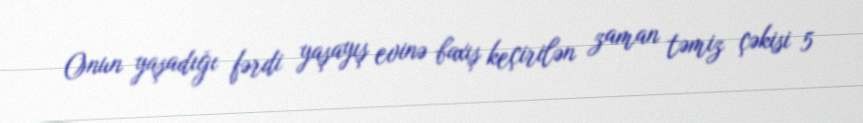
Onun yaşadığı fərdi yaşayış evinə baxış keçirilən zaman təmiz çəkisi 5